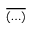
\overline { { ( \ldots ) } }